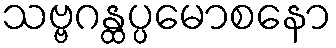
သဗ္ဗဂန္ထပ္ပမောစနော